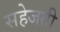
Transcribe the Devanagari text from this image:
सहेजती